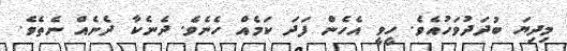
މިދިޔަ ބުދަދުވަހުއެވެ. ހީވީ އެހެން ފަދަ ކަމެއް ހެނެވެ. ދެނެކާ ދެނެއް ނެތެވެ.